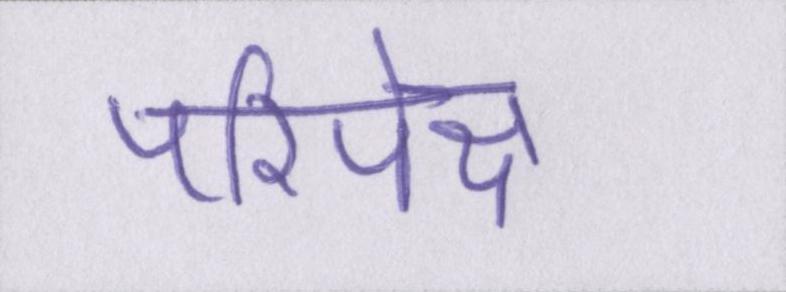
परिपेक्ष